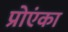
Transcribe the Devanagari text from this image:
प्रोएंका